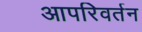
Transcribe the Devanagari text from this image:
आपरिवर्तन